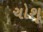
ચોશૂ